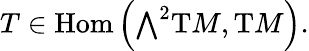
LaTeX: T\in\operatorname{Hom}\left({\textstyle\bigwedge}^{2}\mathrm{{T}}M,\mathrm{{T}}M\right).